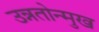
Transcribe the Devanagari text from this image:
उन्नतोन्मुख